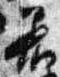
着